Notes on the propagation and cultivation of the medicinal cinchonas, or Peruvian bark trees
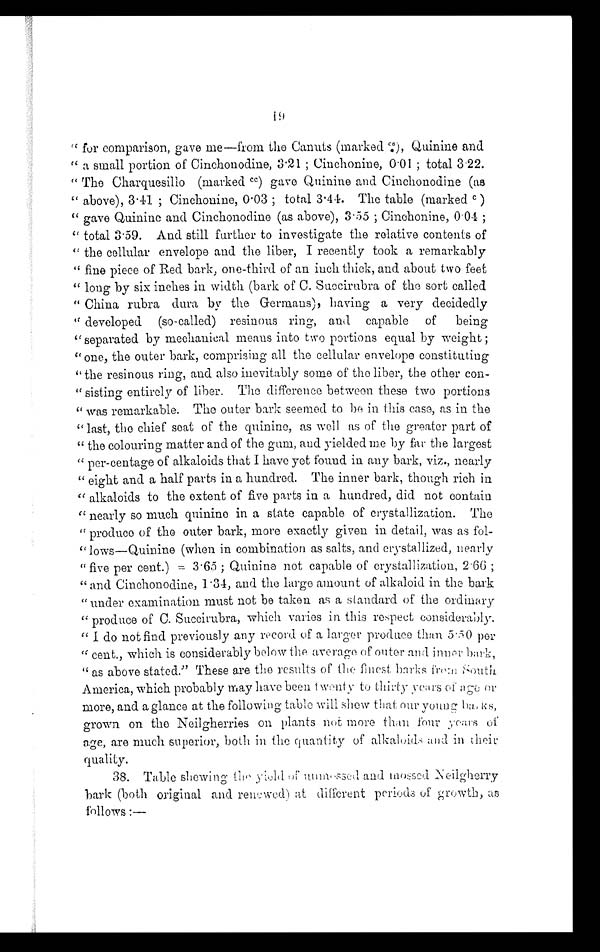
" a small portion of Cinchonodine, 3 . 21 ; Cinchonine, 0 . 01 ; total 3·22.
" The Charquesillo (marked CC ) gave Quinine and Cinchonodine (as
" above), 3· 41 ; Cinchonine, 0. 0 3 ; t o t a l 3 · 4 4 . T h e t a b l e ( m a r k e dc
)
" gave Quinine and Cinchonodine (as above), 3·55 ; Cinchonine, 0 . 04 ;
" total 3 . 59. And still further to investigate the relative contents of
" the cellular envelope and the liber, I recently took a remarkably
" fine piece of Red bark, one-third of an inch thick, and about two feet
" long by six inches in width (bark of C. Succirubra of the sort called
" China rubra dura by the Germans), having a very decidedly
" developed (so-called) resinous ring, and capable of being
"separated by mechanical means into two portions equal by weight ;
" one, the outer bark, comprising all the cellular envelope constituting
" the resinous ring, and also inevitably some of the liber, the other con-
" sisting entirely of liber. The difference between these two portions
" was remarkable. The outer bark seemed to be in this case, as in the
"last, the chief seat of the quinine, as well as of the greater part of
" the colouring matter and of the gum, and yielded me by far the largest
" per-centage of alkaloids that I have yet found in any bark, viz., nearly
" eight and a half parts in a hundred. The inner bark, though rich in
alkaloids to the extent of five parts in a hundred, did not contain
" nearly so much quinine in a state capable of crystallization. The
" produce of the outer bark, more exactly given in detail, was as fol-
" lows—Quinine (when in combination as salts, and crystallized, nearly
" five per cent.) = 3 . 65 ; Quinine not capable of crystallization, 2 . 66 ;
“and Cinchonodine, 1·34, and the large amount of alkaloid in the bark
"under examination must not be taken as a standard of the ordinary
" produce of C. Succirubra, which varies in this respect considerably.
" I do not find previously any record of a larger produce than 5 . 50 per
" cent., which is considerably below the average of outer and inner. bark,
“as above stated." These are the results of the finest barks
f r o m S o u t h
America, which probably may have been twenty
to thirty years of age or
more , and a glance at the following table will shew that our young barks,
grown on the Neilgherries on plants not more than four years of
age, are much superior, both in the quantity of alkaloids and in their
quality.
38. Table shewing the yield of unmossed and mossed Neilgherry
bark (both original and renewed) at different periods of growth, as
follows:—